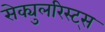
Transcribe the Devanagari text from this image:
सेक्युलरिस्ट्स